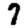
Digit: 7